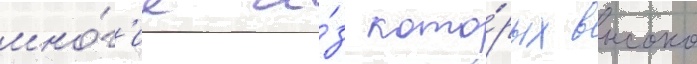
мно́г'ие и́з кото́рых высоко